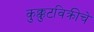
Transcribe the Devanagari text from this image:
कुक्कुटविक्रीचे